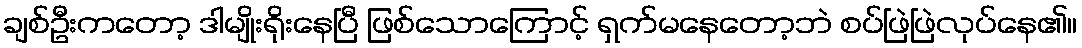
ချစ်ဦးကတော့ ဒါမျိုးရိုးနေပြီ ဖြစ်သောကြောင့် ရှက်မနေတော့ဘဲ စပ်ဖြဲဖြဲလုပ်နေ၏။